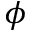
\phi